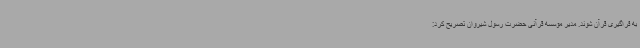
به فراگیری قرآن شوند. مدیر مؤسسه قرآنی حضرت رسول شیروان تصریح کرد: